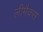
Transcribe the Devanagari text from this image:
लीमैक्स